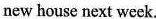
new house next week.